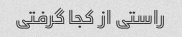
راستی از کجا گرفتی